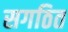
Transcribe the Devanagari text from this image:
सगठित